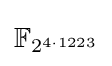
{\mathbb {F} }_{2^{4\cdot 1223}}